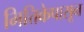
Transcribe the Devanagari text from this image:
भित्तिकेपासून